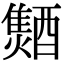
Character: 𨣐